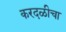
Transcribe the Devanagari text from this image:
करदळीचा